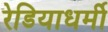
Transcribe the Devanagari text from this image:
रेडियाधर्मी